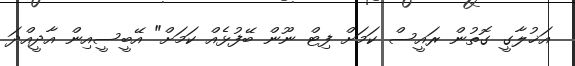
އަޚުލާގީ ގޮތުން ރައީސް ކަމަށް ފިޓް ނޫން ބޭފުޅެއް ކަމަށް" އޭބީސީއިން އާދީއްދަ